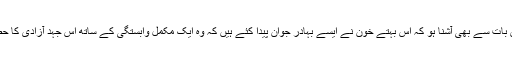
قابض ریاست اس بات سے بھی آشنا ہو کہ اس بہتے خون نے ایسے بہادر جوان پیدا کئے ہیں کہ وہ ایک مکمل وابستگی کے ساتھ اس جہد آزادی کا حصہ بن چکے ہیں۔